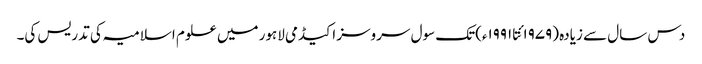
دس سال سے زیادہ (۱۹۷۹ئتا ۱۹۹۱ء)تک سول سروسز اکیڈمی لاہور میں علوم اسلامیہ کی تدریس کی۔